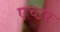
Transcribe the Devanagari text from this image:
एच्टर